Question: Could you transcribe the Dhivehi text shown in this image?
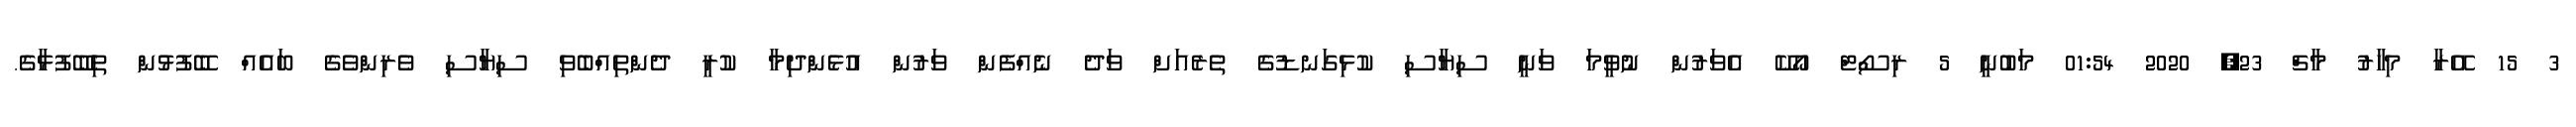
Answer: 3 15 އޭރާ މިހާރު މާޗް 23, 2020 01:54 މަބުނީ 5 ރިސޯޓް އޯކޭ އެވަރުން ނުވީމަ ވަނީ ސިޔާސި ކުޅިގަނޑުގެ ތެރެއަށް ވަދެ ނެއްފެން ވަރުން އުޅެންދިމާ ކުރީ ދެންތިއްބެވި ސިޔާސި ވެރިންވެގެ ބައެއް ބޭފުޅުން ތިބޭފުޅާގެ.